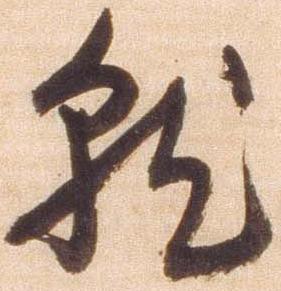
就